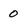
Character: 0